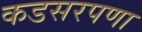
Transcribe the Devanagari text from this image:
कडसरपणा